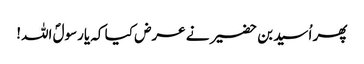
پھر اُسید بن حضیر نے عرض کیا کہ یارسولؐ اللہ!